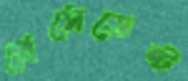
প্রেসেডেন্ট